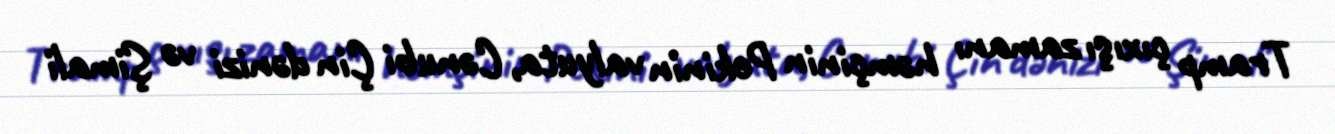
Tramp çıxışı zamanı həmçinin Pekinin valyuta, Cənubi Çin dənizi və Şimali